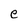
Character: e